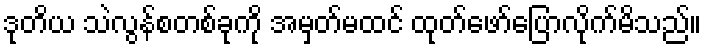
ဒုတိယ သဲလွန်စတစ်ခုကို အမှတ်မထင် ထုတ်ဖော်ပြောလိုက်မိသည်။